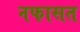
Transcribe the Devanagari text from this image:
नफासत